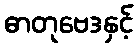
ဓာတုဗေဒနှင့်